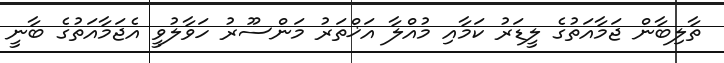
ތާލިބާން ޖަމާއަތުގެ ލީޑަރު ކަމާއި މުއްލާ އަޚްތަރު މަންސޫރު ހަވާލުވީ އެޖަމާއަތުގެ ބާނީ